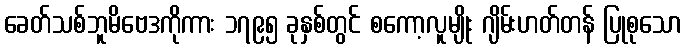
ခေတ်သစ်ဘူမိဗေဒကိုကား ၁၇၉၅ ခုနှစ်တွင် စကော့လူမျိုး ဂျိမ်းဟတ်တန် ပြုစုသော